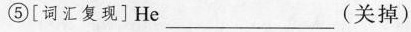
⑤[词汇复现]He ___(关掉)